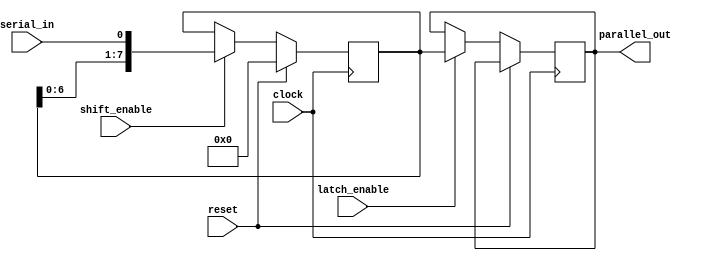
module serial_in_parallel_out(
    input clock,
    input reset,
    input serial_in,
    input shift_enable,
    input latch_enable,
    output reg [7:0] parallel_out
);

reg [7:0] register;

always @(posedge clock) begin
    if (reset) begin
        register <= 8'b0;
    end else begin
        if (shift_enable) begin
            register <= {register[6:0], serial_in};
        end
        if (latch_enable) begin
            parallel_out <= register;
        end
    end
end

endmodule